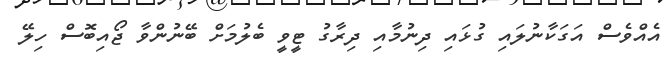
އެއްވެސް އަގަކާނުލައި ގުޅައި ދިނުމާއި ދިރާގު ޓީވީ ބެލުމަށް ބޭނުންވާ ޖޯއިބޮސް ހިލޭ